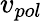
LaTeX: v_{pol}